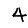
Digit: 4